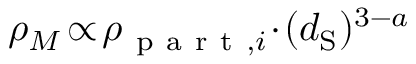
\rho _ { M } \! \propto \! \rho _ { \mathrm { ~ p ~ a ~ r ~ t ~ } , i } \! \cdot \! ( d _ { \mathrm { S } } ) ^ { 3 - a }